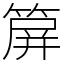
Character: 箳